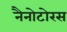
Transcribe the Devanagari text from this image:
नैनोटोरस